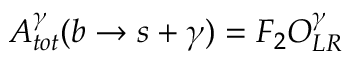
{ \cal A } _ { t o t } ^ { \gamma } ( b \rightarrow s + \gamma ) = F _ { 2 } { \cal O } _ { L R } ^ { \gamma }